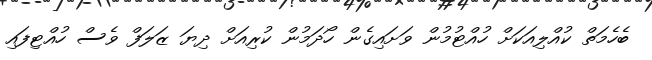
ބެހެމަތް ކުއްލިއަކަށް ހުއްޓުމުން ވަށައިގެން ހޯދަމުން ކުރިއަށް ދިޔަ ޒަލަފް ވެސް ހުއްޓިފައި